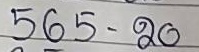
565 - 20